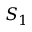
S _ { 1 }